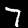
Digit: 7